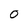
Character: O